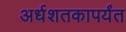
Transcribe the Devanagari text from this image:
अर्धशतकापर्यंत